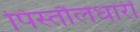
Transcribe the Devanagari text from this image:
पिस्तौलधारी